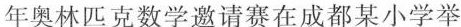
年奥林匹克数学邀请赛在成都某小学举